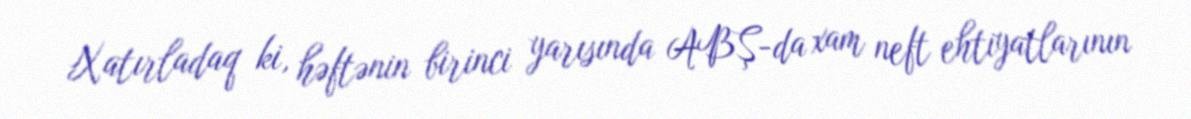
Xatırladaq ki, həftənin birinci yarısında ABŞ-da xam neft ehtiyatlarının